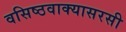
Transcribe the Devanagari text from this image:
वसिष्ठवाक्यासरसी